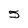
Character: 5